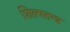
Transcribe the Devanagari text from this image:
शिल्पतन्त्र